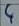
Text: 4